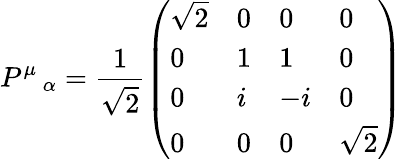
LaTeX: P^{\mu}\, _{\alpha}=\frac{1}{\sqrt{2}}\left(\begin{array}{llll}{{\sqrt{2}}}&{{0}}&{{0}}&{{0}}\\ {{0}}&{{1}}&{{1}}&{{0}}\\ {{0}}&{{i}}&{{-i}}&{{0}}\\ {{0}}&{{0}}&{{0}}&{{\sqrt{2}}}\end{array}\right)